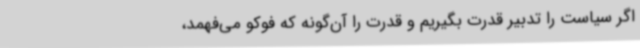
اگر سیاست را تدبیر قدرت بگیریم و قدرت را آن‌گونه که فوکو می‌فهمد،